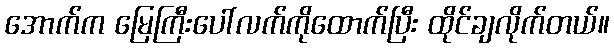
အောက်က မြေကြီးပေါ်လက်ကိုထောက်ပြီး ထိုင်ချလိုက်တယ်။